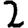
Digit: 2